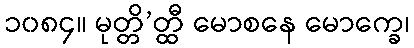
၁၀၈၄။ မုတ္တိ’တ္ထီ မောစနေ မောက္ခေ၊